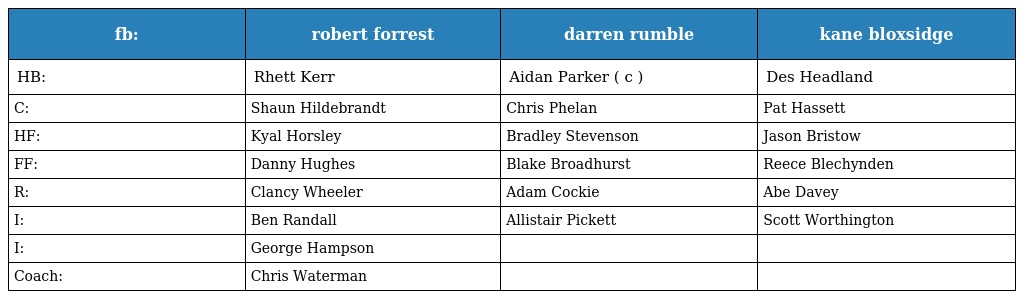
| fb: | robert forrest | darren rumble | kane bloxsidge |
 | --- | --- | --- | --- |
 | HB: | Rhett Kerr | Aidan Parker ( c ) | Des Headland |
 | C: | Shaun Hildebrandt | Chris Phelan | Pat Hassett |
 | HF: | Kyal Horsley | Bradley Stevenson | Jason Bristow |
 | FF: | Danny Hughes | Blake Broadhurst | Reece Blechynden |
 | R: | Clancy Wheeler | Adam Cockie | Abe Davey |
 | I: | Ben Randall | Allistair Pickett | Scott Worthington |
 | I: | George Hampson |  |  |
 | Coach: | Chris Waterman |  |  |